Calcutta medical institutions reports 1892-1900
Year: 1892
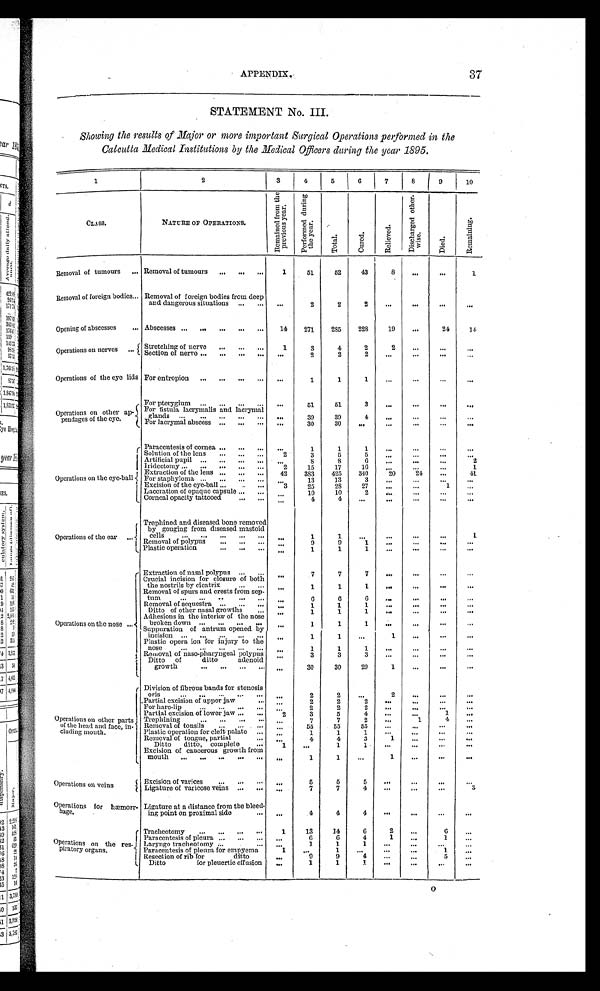
APPENDIX.
37
STATEMENT No. III.
Showing the results of Major or more important Surgical Operations performed in the
Calcutta Medical Institutions by the Medical Officers during the year 1895.
1
2
3
4
5
6
7
8
9
10
CLASS.
NATURE OF OPERATIONS.
R e m a i n e d f r o m t h e p r e v i o u s y e a r .
P e r f o r m e d d u r i n g t h e y e a r .
T o t a l .
C u r e d .
R e l i e v e d .
D i s c h a r g e d o t h e r - w i s e .
D i e d .
R e m a i n i n g .
Removal of tumours . . . Removal of tumours . . .
1
51
52
43
8
. . .
. . .
1
Removal of foreign bodies . . . Removal of foreign bodies from deep
and dangerous situations
. . .
. . .
2
2
2
. . .
. . .
. . .
. . .
Opening of abscesses . . . Abscessees
. . .
14
271
285
228
19
. . .
24
1 4
Operations on nerves . . .
Stretching of nerve
. . .
1
3
4
2
2
. . .
. . .
. . .
Section of nerve . . .
. . .
2
2
2
. . .
. . .
. . .
. . .
Operations of the eye lids For entropion . . .
. . .
1
1
1
. . .
. . .
. . .
. . .
Operations on other ap-
pendages of the eye.
For pterygium . . .
. . .
51
51
3
. . .
. . .
. . .
. . .
For fistula lacrymalis and lacrymal
glands
. . .
. . .
30
39
4
. . .
. . .
. . .
. . .
For lacrymal abscess
. . .
. . .
30
30
. . .
. . .
. . .
. . .
. . .
Operations on the eye-ball
Paracentesis of cornea . . .
. . .
1
1
1
. . .
. . .
. . .
. . .
Solution of the lens
. . .
2
3
5
5
. . .
. . .
. . .
. . .
Artificial pupil
. . .
. . .
8
8
6
. . .
. . .
. . .
2
Iridectomy
. . .
2
15
17
16
. . .
. . .
. . .
1
Extraction of the lens
. . .
42
383
425
340
20
24
. . .
41
For staphyloma
. . .
. . .
13
13
3
. . .
. . .
. . .
. . .
Excision of the eye-ball . . .
3
25
28
2 7
. . .
. . .
1
. . .
Laceration of opaque capsule . . . . . .
10
10
2
. . .
. . .
. . .
. . .
Corneal opacity tattooed . . .
. . .
4
4
. . .
. . .
. . .
. . .
. . .
Operations of the ear . . .
Trephined and diseased bone removed
by gouging from diseased mastoid
cel l s . . .
. . .
1
1
. . .
. . .
. . .
. . .
1
R e m o v a l o f p o l y p u s . . .
9
9
1
. . .
. . .
. . .
. . .
. . .
Plastic operation
. . .
1
1
. . .
. . .
. . .
. . .
. . .
1
Operations on the nose . . .
Extraction of nasal polypus
. . .
. . .
7
7
7
. . .
. . .
. . .
. . .
Crucial incision for closure of both
the nostrils by cicatrix
. . .
1
1
1
. . .
. . .
. . .
. . .
. . .
Removal of spurs and crests from sep -
tum . . .
6
6
6
. . .
. . .
. . .
. . .
. . .
Removal of sequestra
. . .
. . .
1
1
1
. . .
. . .
. . .
. . .
Ditto of other nasal growths . . .
1
1
1
. . .
. . .
. . .
. . .
. . .
Adhesions in the interior of the nose
broken down . . .
1
1
1
. . .
. . .
. . .
. . .
. . .
Suppuration of antrum opened by
incision
. . .
1
1
. . .
1
. . .
. . .
. . .
. . .
Plastic opera ion for injury to the
nose . . .
1
1
1
. . .
. . .
. . .
. . .
. . .
Removal of naso-pharyngeal polypus . . .
3
3
3
. . .
. . .
. . .
. . .
. . .
Ditto of ditto
adenoid
g r o w t h . . .
. . .
30
30
29
1
. . .
. . .
. . .
Division of fibrous bands for stenosis
oris . . .
. . .
2
2
. . .
2
. . .
. . .
. . .
Partial excision of upper jaw . . .
. . .
2
2
2
. . .
. . .
. . .
. . .
For hare-lip . . .
. . .
2
2
2
. . .
. . .
. . .
. . .
Operations on other parts
of the head and face, in-
cluding mouth.
l
Partial excision of lower jaw . . ..
2
3
5
4
. . .
. . .
1
. . .
Trephining . . .
. . .
7
7
2
. . .
1
4
. . .
Removal of tonsils . . .
. . .
55
55
55
. . .
. . .
. . .
. . .
Plastic operation for cleft palate . . .
. . .
1
1
1
. . .
. . .
. . .
. . .
Removal of tongue, partial . . .
. . .
4
4
3
1
. . .
. . .
. . .
Ditto ditto, complete . . .
1
. . .
1
1
. . .
. . .
. . .
. . .
Excision of cancerous growth from
mouth
. . .
. . .
1
1
. . .
1
. . .
. . .
. . .
operations on veins
Excision of varices . . .
. . .
5
5
5
. . .
. . .
. . .
. . .
Ligature of varicose veins . . .
. . .
7
7
4
. . .
. . .
. . .
3
Operations for hæmorr-
hage,
Ligature at a distance from the bleed -
ing point on proximal side . . .
. . .
4
4
4
. . .
. . .
. . .
. . .
Operations on the res
- p i r a t o r y o r g a n s .
Tracheotomy
. . .
1
13
14
6
2
. . .
6
. . .
Paracentesis of pleura . . .
. . .
6
6
4
1
. . .
1
. . .
Laryngo tracheotomy . . .
. . .
1
1
1
. . .
. . .
. . .
. . .
Paracentesis of pleura for empyema . . .
1
. . .
1
. . .
. . .
. . .
1
. . .
Resection of rib for ditto . . .
. . .
9
9
4
. . .
. . .
5
. . .
Ditto for pleuertic effusion
1
1
1
. . .
. . .
. . .
. . .
. . .
0